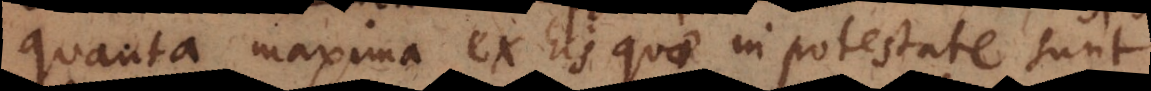
quanta maxima ex his quae in potestate sunt